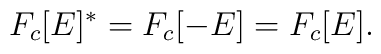
F_c [E]^* = F_c [-E] = F_c [E].